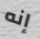
إنه